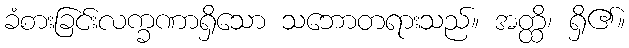
ခံစားခြင်းလက္ခဏာရှိသော သဘောတရားသည်။ အတ္ထိ၊ ရှိ၏။